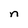
Character: n